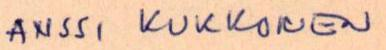
ANSSI KUKKOIEN